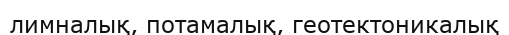
лимналық, потамалық, геотектоникалық